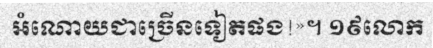
អំណោយជាច្រើនទៀតផង!»។ ១៩លោក